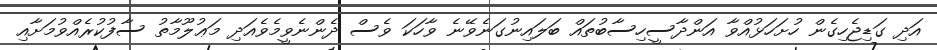
އަދި ގަޑިޖެހިގެން ހުށަހަޅުއްވާ އަންދާސީހިސާބުތައް ބަލައިނުގަނެވޭނެ ވާހަކަ ވެސް ދެންނެވީމެވެއަދި މަޢުލޫމާތު ސާފުކުރެއްވުމަށާއި